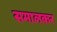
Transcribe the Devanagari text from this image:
समालकर